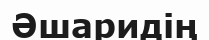
Әшаридің